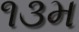
૧૩મ